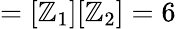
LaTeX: =[\mathbb{Z}_{1}][\mathbb{Z}_{2}]=6